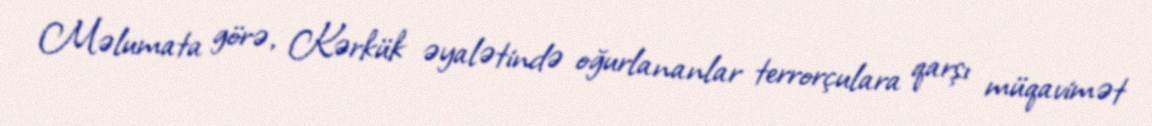
Məlumata görə, Kərkük əyalətində oğurlananlar terrorçulara qarşı müqavimət